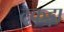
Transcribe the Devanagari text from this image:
टकड़ा